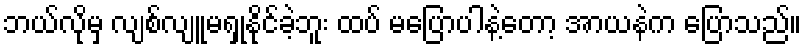
ဘယ်လိုမှ လျစ်လျူမရှုနိုင်ခဲ့ဘူး ထပ် မပြောပါနဲ့တော့ အာယနဲက ပြောသည်။